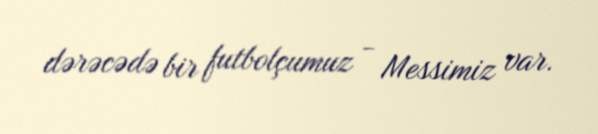
dərəcədə bir futbolçumuz - Messimiz var.